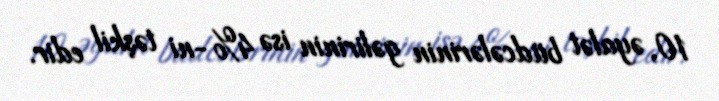
10, əyalət büdcələrinin gəlirinin isə 4%-ni təşkil edir.